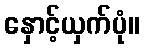
နှောင့်ယှက်ပုံ။